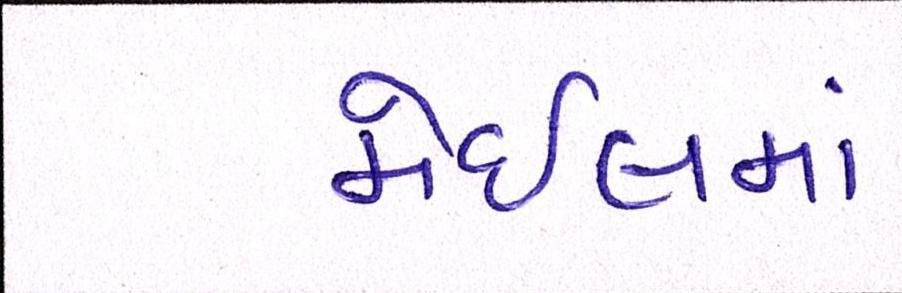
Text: મેઇલમાં